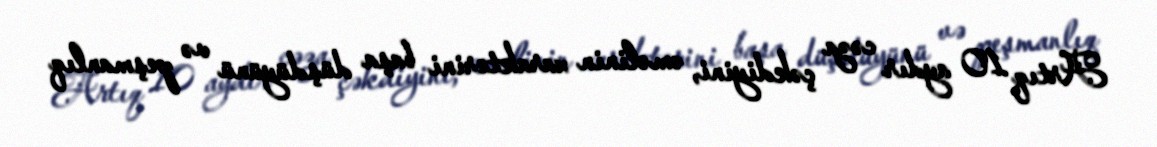
Artıq 10 aydır cəza çəkdiyini, əməlinin xarakterini başa düşdüyünü və peşmanlıq